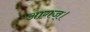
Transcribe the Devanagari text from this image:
आगज्।